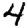
Digit: 4